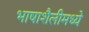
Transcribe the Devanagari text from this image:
भाषाशैलीमध्ये